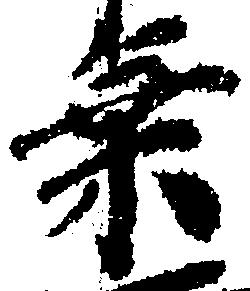
乗